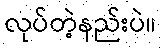
လုပ်တဲ့နည်းပဲ။